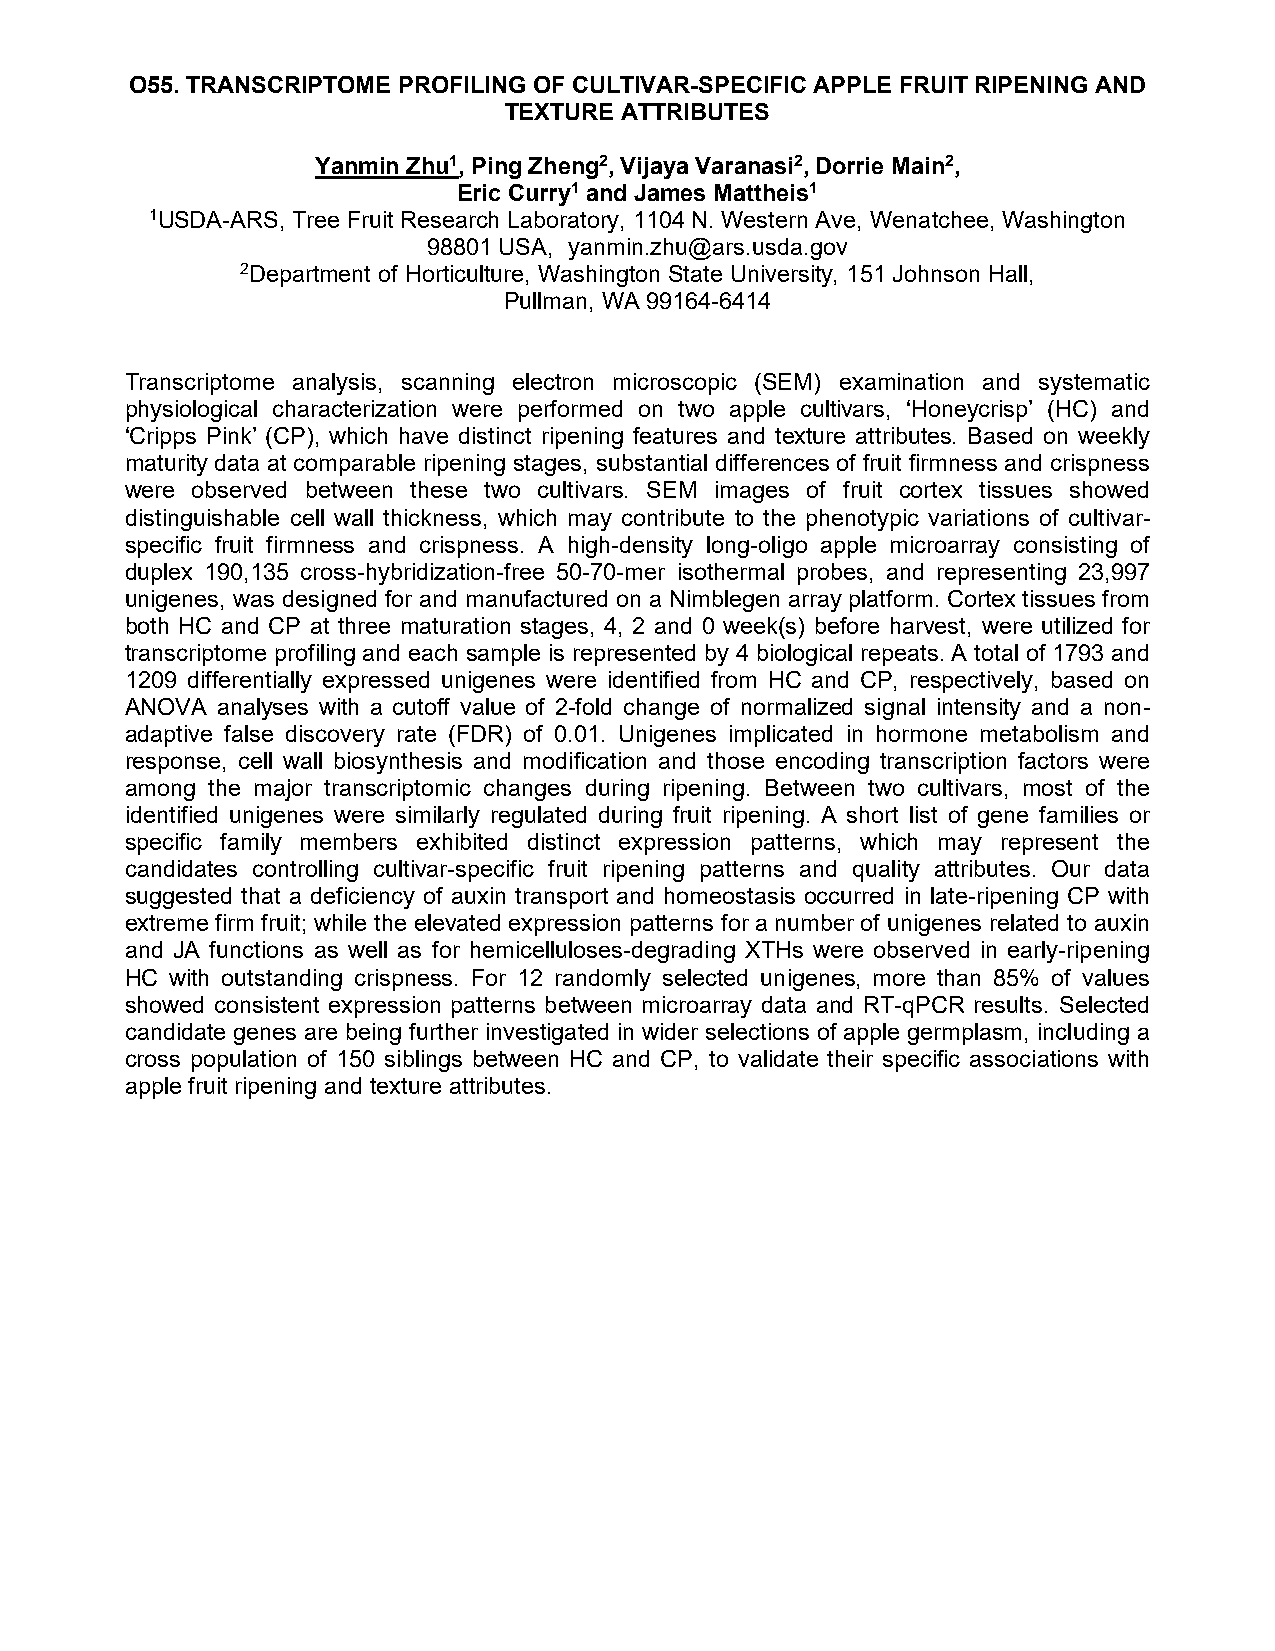
O55. TRANSCRIPTOME PROFILING OF CULTIVAR-SPECIFIC APPLE FRUIT RIPENING AND
 TEXTURE ATTRIBUTES
 Yanmin Zhu1, Ping Zheng2, Vijaya Varanasi2, Dorrie Main2,
 Eric Curry1 and James Mattheis1
 1USDA-ARS, Tree Fruit Research Laboratory, 1104 N. Western Ave, Wenatchee, Washington
 98801 USA, yanmin.zhu@ars.usda.gov
 2Department of Horticulture, Washington State University, 151 Johnson Hall,
 Pullman, WA 99164-6414
 Transcriptome analysis, scanning electron microscopic (SEM) examination and systematic
 physiological characterization were performed on two apple cultivars, ‘Honeycrisp’ (HC) and
 ‘Cripps Pink’ (CP), which have distinct ripening features and texture attributes. Based on weekly
 maturity data at comparable ripening stages, substantial differences of fruit firmness and crispness
 were observed between these two cultivars. SEM images of fruit cortex tissues showed
 distinguishable cell wall thickness, which may contribute to the phenotypic variations of cultivar-
 specific fruit firmness and crispness. A high-density long-oligo apple microarray consisting of
 duplex 190,135 cross-hybridization-free 50-70-mer isothermal probes, and representing 23,997
 unigenes, was designed for and manufactured on a Nimblegen array platform. Cortex tissues from
 both HC and CP at three maturation stages, 4, 2 and 0 week(s) before harvest, were utilized for
 transcriptome profiling and each sample is represented by 4 biological repeats. A total of 1793 and
 1209 differentially expressed unigenes were identified from HC and CP, respectively, based on
 ANOVA analyses with a cutoff value of 2-fold change of normalized signal intensity and a non-
 adaptive false discovery rate (FDR) of 0.01. Unigenes implicated in hormone metabolism and
 response, cell wall biosynthesis and modification and those encoding transcription factors were
 among the major transcriptomic changes during ripening. Between two cultivars, most of the
 identified unigenes were similarly regulated during fruit ripening. A short list of gene families or
 specific family members exhibited distinct expression patterns, which may represent the
 candidates controlling cultivar-specific fruit ripening patterns and quality attributes. Our data
 suggested that a deficiency of auxin transport and homeostasis occurred in late-ripening CP with
 extreme firm fruit; while the elevated expression patterns for a number of unigenes related to auxin
 and JA functions as well as for hemicelluloses-degrading XTHs were observed in early-ripening
 HC with outstanding crispness. For 12 randomly selected unigenes, more than 85% of values
 showed consistent expression patterns between microarray data and RT-qPCR results. Selected
 candidate genes are being further investigated in wider selections of apple germplasm, including a
 cross population of 150 siblings between HC and CP, to validate their specific associations with
 apple fruit ripening and texture attributes.